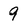
Character: 9